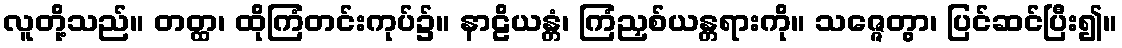
လူတို့သည်။ တတ္ထ၊ ထိုကြံတင်းကုပ်၌။ နာဠိယန္တံ၊ ကြံညှစ်ယန္တရားကို။ သဇ္ဇေတွာ၊ ပြင်ဆင်ပြီး၍။